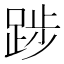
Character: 踄